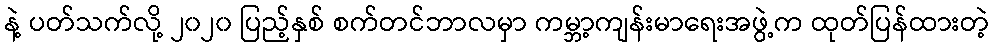
နဲ့ ပတ်သက်လို့ ၂၀၂၀ ပြည့်နှစ် စက်တင်ဘာလမှာ ကမ္ဘာ့ကျန်းမာရေးအဖွဲ့က ထုတ်ပြန်ထားတဲ့